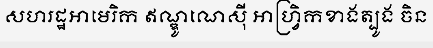
សហរដ្ឋអាមេរិក ឥណ្ឌូណេស៊ី អាហ្វ្រិកខាងត្បូង ចិន